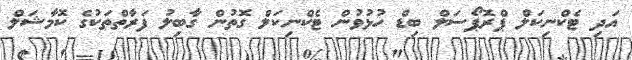
އަދި ޓެކްނިކަލް ޕްރޮޕޯސަލް ބިޑް ހުޅުވުން ޓެކްނިކަލް ގޮތުން ގާބިލު ފަރާތްތަކުގެ ކޮމާޝަލް